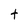
Character: t